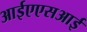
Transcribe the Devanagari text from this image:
आईएएसआई